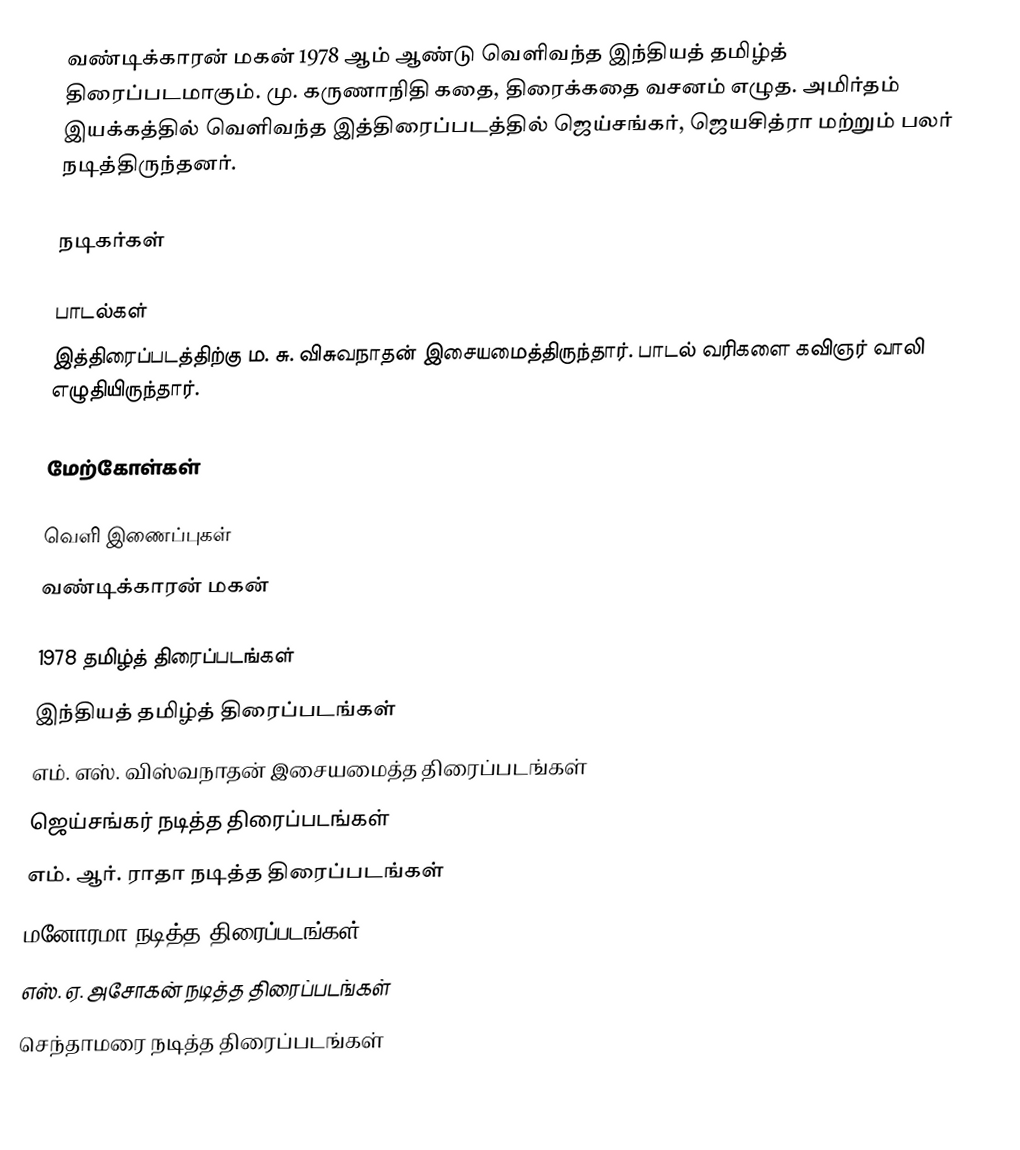
வண்டிக்காரன் மகன் 1978 ஆம் ஆண்டு வெளிவந்த இந்தியத் தமிழ்த் திரைப்படமாகும்.  மு. கருணாநிதி கதை, திரைக்கதை வசனம் எழுத.  அமிர்தம் இயக்கத்தில் வெளிவந்த இத்திரைப்படத்தில் ஜெய்சங்கர், ஜெயசித்ரா மற்றும் பலர் நடித்திருந்தனர்.

நடிகர்கள்

பாடல்கள்
இத்திரைப்படத்திற்கு ம. சு. விசுவநாதன் இசையமைத்திருந்தார். பாடல் வரிகளை கவிஞர் வாலி எழுதியிருந்தார்.

மேற்கோள்கள்

வெளி இணைப்புகள்
 வண்டிக்காரன் மகன்

1978 தமிழ்த் திரைப்படங்கள்
இந்தியத் தமிழ்த் திரைப்படங்கள்
எம். எஸ். விஸ்வநாதன் இசையமைத்த திரைப்படங்கள்
ஜெய்சங்கர் நடித்த திரைப்படங்கள்
எம். ஆர். ராதா நடித்த திரைப்படங்கள்
மனோரமா நடித்த திரைப்படங்கள்
எஸ். ஏ. அசோகன் நடித்த திரைப்படங்கள்
செந்தாமரை நடித்த திரைப்படங்கள்